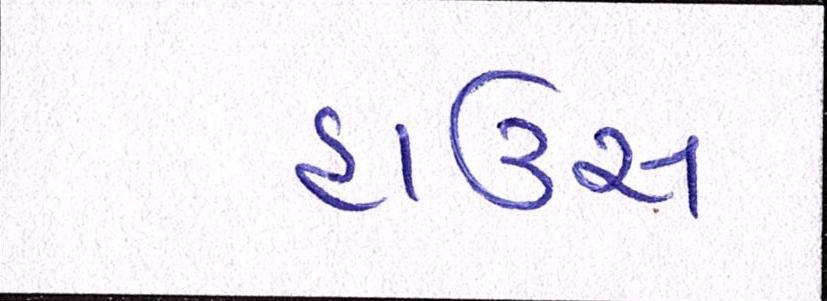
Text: હાઉસ